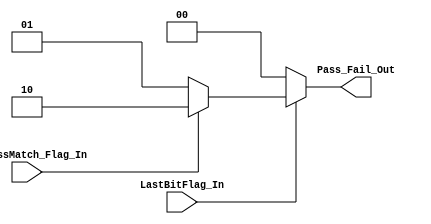
// ECE 6370
`timescale 1ns/10ps
module MyPassFailDecoder(ID_MissMatch_Flag_In, LastBitFlag_In, Pass_Fail_Out);
input ID_MissMatch_Flag_In, LastBitFlag_In;
output [1:0] Pass_Fail_Out;
reg [1:0] Pass_Fail_Out;

always @(ID_MissMatch_Flag_In)
begin
if(LastBitFlag_In == 1)
begin
	if(ID_MissMatch_Flag_In ==1)
	begin
	Pass_Fail_Out = 2'b10; // Output Fail to Main controller
	end
	else
	begin
	Pass_Fail_Out = 2'b01; // Output PASS to main controller
	end
	end
else
begin
Pass_Fail_Out = 2'b00; 
end
end

endmodule